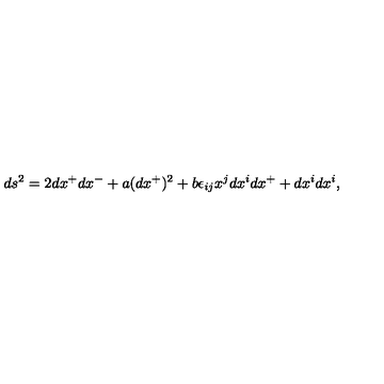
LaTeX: d s ^ { 2 } = 2 d x ^ { + } d x ^ { - } + a ( d x ^ { + } ) ^ { 2 } + b \epsilon _ { i j } x ^ { j } d x ^ { i } d x ^ { + } + d x ^ { i } d x ^ { i } ,